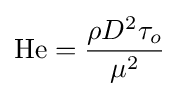
\operatorname {He} ={\rho D^{2}\tau _{o} \over \mu ^{2}}